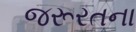
જરૂરતના